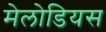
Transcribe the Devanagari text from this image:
मेलोडियस